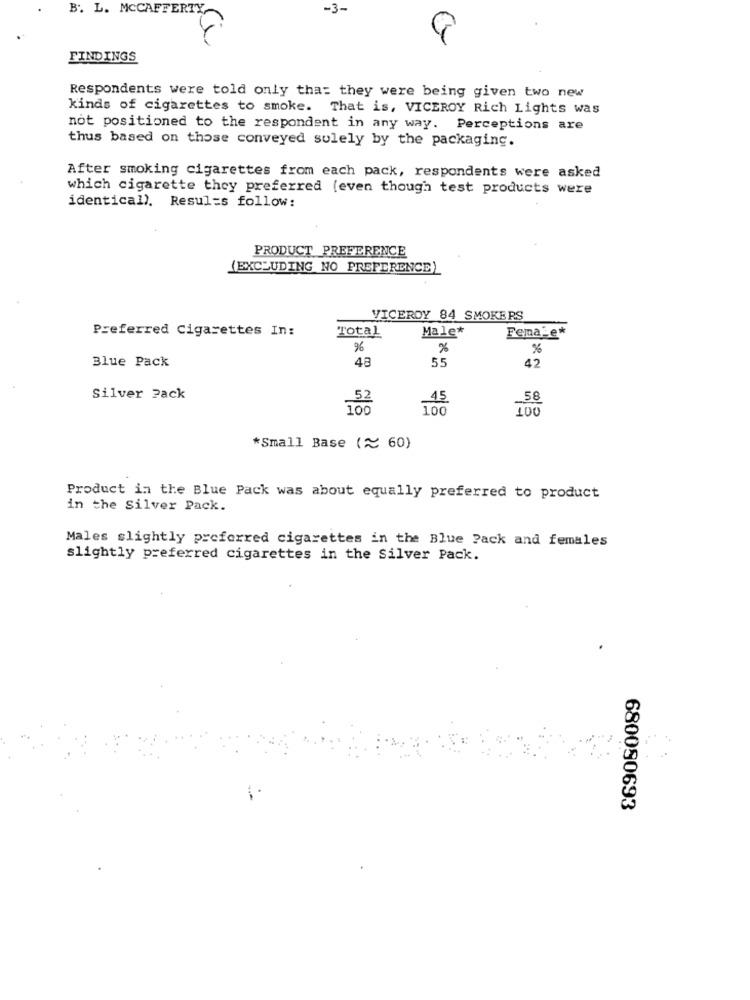
B. L. MCCAFFERTY
-3-
FINDINGS
Respondents were told only that they were being given two new
kinds of cigarettes to smoke. That is, VICEROY Rich Lights was
not positioned to the respondent in any way. Perceptions are
thus based on those conveyed solely by the packaging.
After smoking cigarettes from each pack, respondents were asked
which cigarette they preferred (even though test products were
identical). Resul=s follow:
PRODUCT PREFERENCE
(EXCLUDING NO PREFERENCE)
VICEROY 84 SMOKERS
Preferred Cigarettes In:
Male*
Total
Female*
96
%
%
Blue Pack
48
55
42
Silver Pack
45
58
100
100
*Small Base (~ 60)
Product in the Blue Pack was about equally preferred to product
in the Silver Pack.
Males slightly preferred cigarettes in the Blue Pack and females
slightly preferred cigarettes in the Silver Pack.
680090693